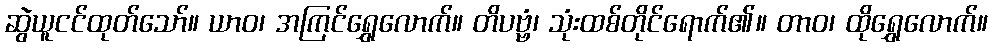
ဆွဲယူငင်ထုတ်သော်။ ယာဝ၊ အကြင်ရွှေလောက်။ တိပဗ္ဗံ၊ သုံးထစ်တိုင်ရောက်၏။ တာဝ၊ ထိုရွှေလောက်။